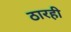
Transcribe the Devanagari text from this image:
ठारही